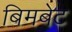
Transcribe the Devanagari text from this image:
बिमबेट